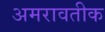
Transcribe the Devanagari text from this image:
अमरावतीक